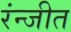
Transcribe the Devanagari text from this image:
रंन्जीत